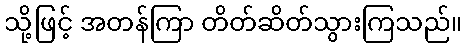
သို့ဖြင့် အတန်ကြာ တိတ်ဆိတ်သွားကြသည်။